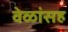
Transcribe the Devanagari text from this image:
वेळांसह